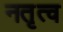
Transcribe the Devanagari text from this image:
नतृत्व